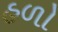
હળો